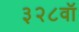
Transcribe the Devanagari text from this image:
३२८वॉ